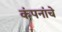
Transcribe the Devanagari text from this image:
कंपनांचे